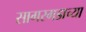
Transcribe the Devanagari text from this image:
सागरगडाच्या